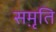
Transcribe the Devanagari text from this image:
सम़ृति